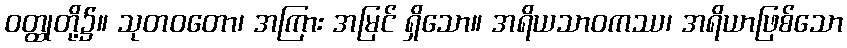
ဝတ္ထုတို့၌။ သုတဝတော၊ အကြား အမြင် ရှိသော။ အရိယသာဝကဿ၊ အရိယာဖြစ်သော